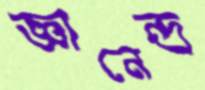
জ্ঞানেন্দ্র